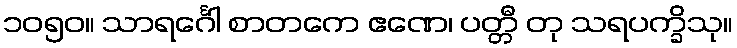
၁၀၅၀။ သာရင်္ဂေါ စာတကေ ဧဏေ၊ ပတ္တီ တု သရပက္ခိသု။